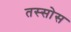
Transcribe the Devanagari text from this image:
तस्सोस